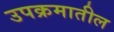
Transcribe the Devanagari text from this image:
उपक्रमातील